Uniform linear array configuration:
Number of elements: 4
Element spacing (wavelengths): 0.5
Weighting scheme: cosine
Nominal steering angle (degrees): -45
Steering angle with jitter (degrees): -46.963
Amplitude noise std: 0.05
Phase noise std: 0.05

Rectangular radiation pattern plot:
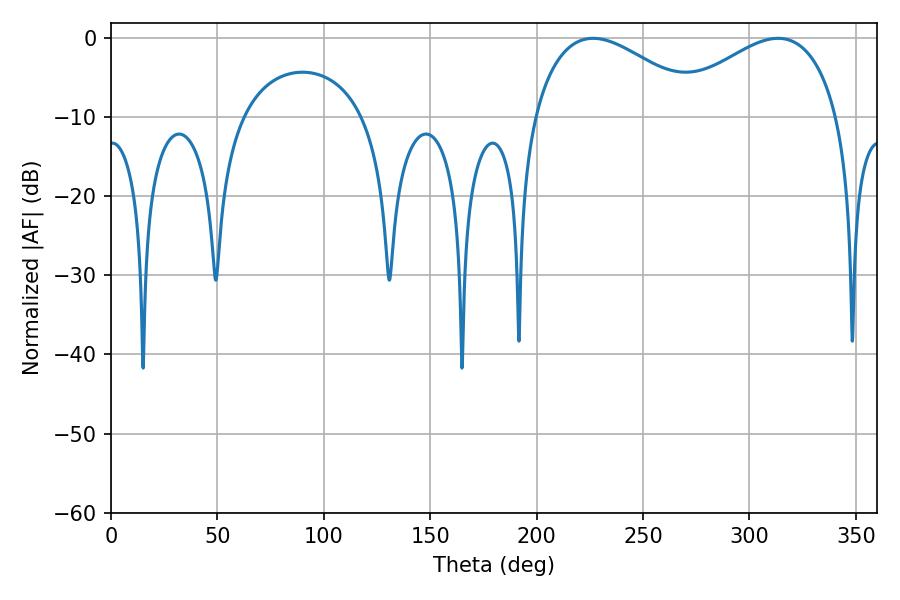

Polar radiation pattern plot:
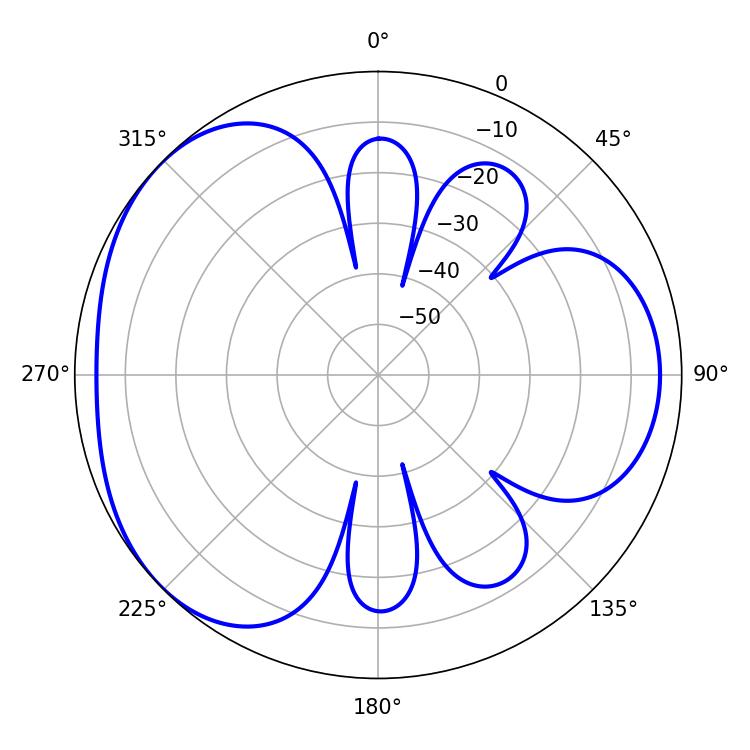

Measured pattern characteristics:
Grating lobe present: FALSE
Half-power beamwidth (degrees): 44.1
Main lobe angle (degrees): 226.62